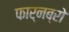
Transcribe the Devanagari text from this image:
फार्नब्रो